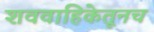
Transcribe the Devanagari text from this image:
शववाहिकेतूनच